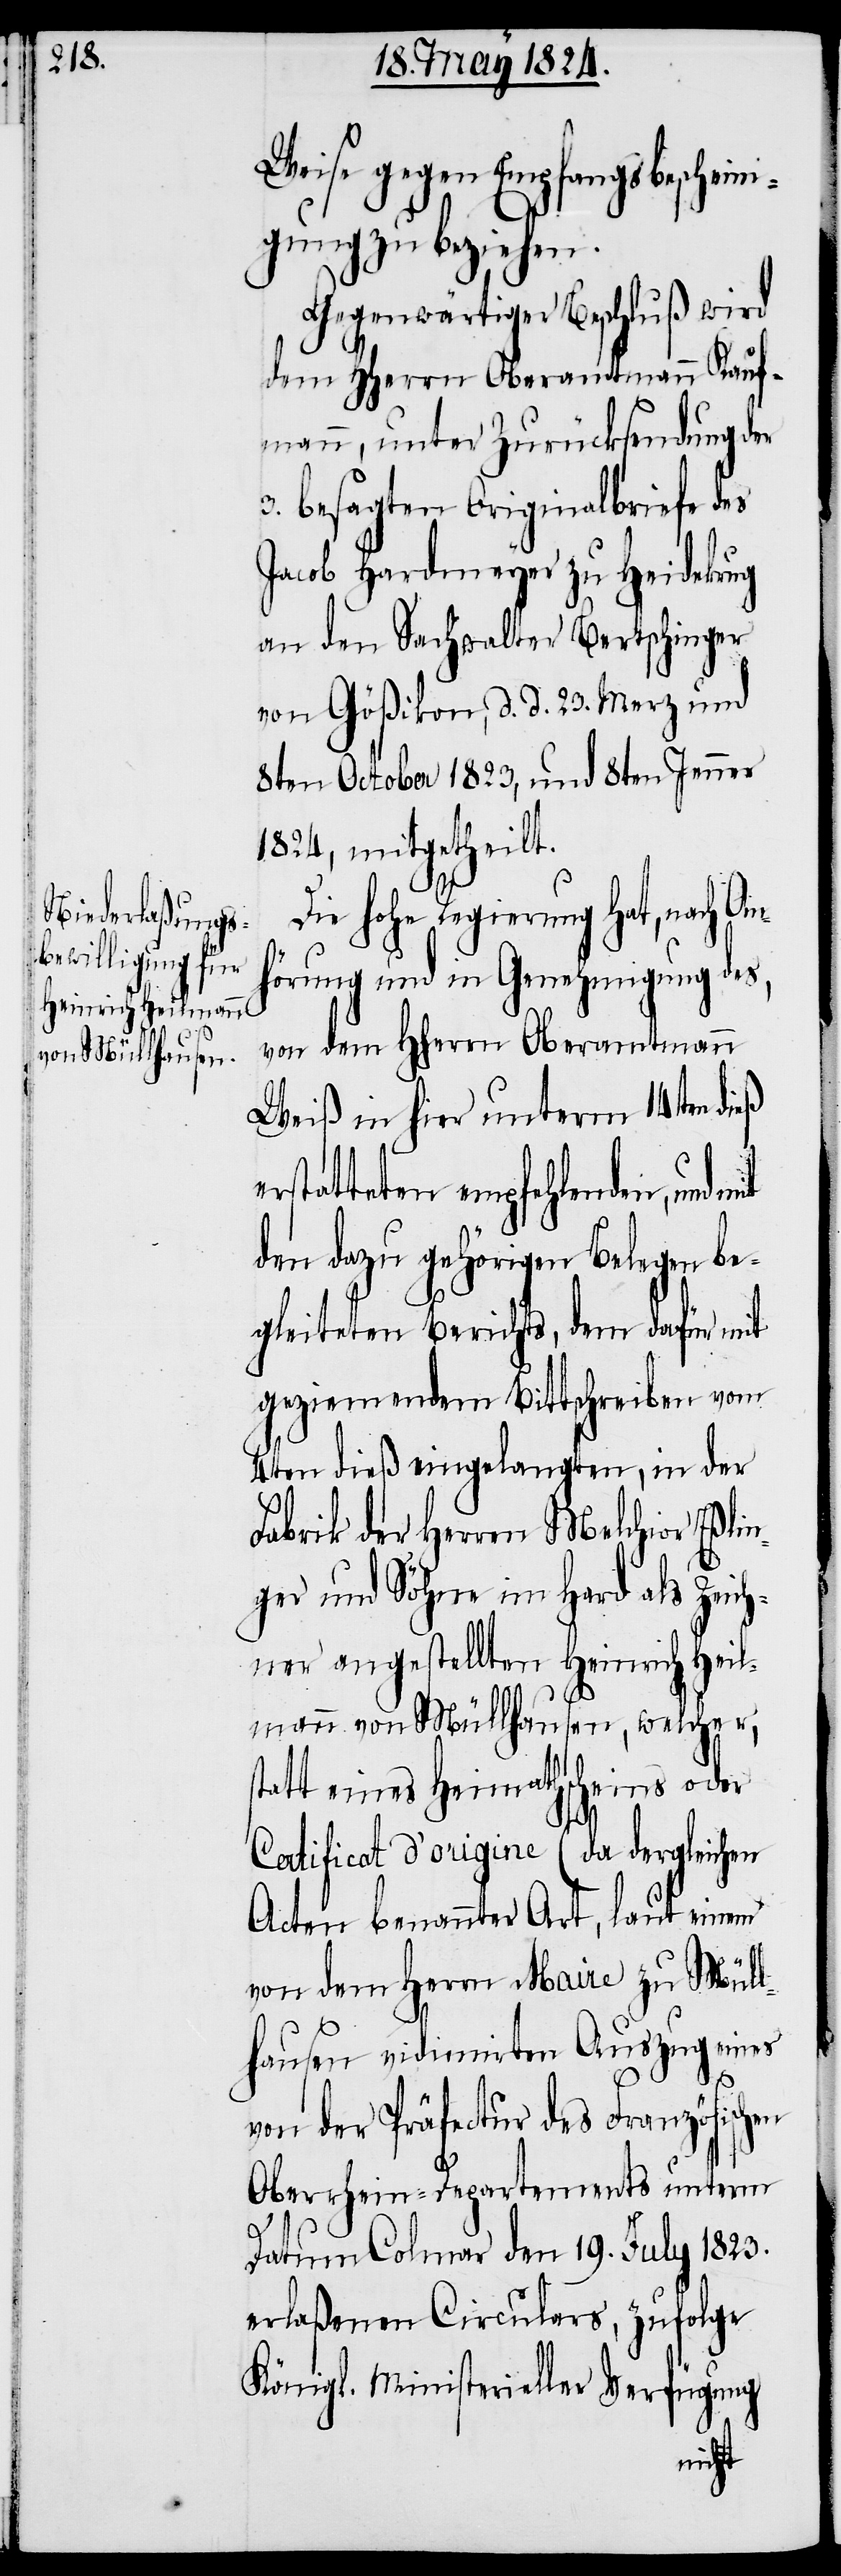
Weise gegen Empfangsbeschein¬
igung zu beziehen.
Gegenwärtiger Beschluß wird
dem HHerrn Oberamtmann Kauf¬
mann, unter Zurücksendung der
3. besagten Originalbriefe des
Jacob Hardmeyer zu Heidekrug
an den Sachwalter Bertschinger
von Gößikon, d. d. 23. Merz und
8ten October 1813, und 8ten Jenner
1824, mitgetheilt.
Die hohe Regierung hat, nach A¬
örung und in Genehmigung des,
von dem HHerrn Oberamtmann
Weiß in hier unterm 14ten dieß
rstatteten empfehlenden, und
den dazu gehörigen Belegen be¬
gleiteten Berichts, dem dafür mit
geziemendem Bittschreiben vom
4ten dieß eingelangten, in der
Fabrik der Herren Melchior Eßlin¬
ger und Söhne im Hard als Zeich¬
ner angestellten Heinrich Heil¬
en
mann von Müllhausen, welcher,
statt eines Heimathscheins oder
Certificat d’origine (da dergleichen
Acten benannter Art, laut einem
von dem Maire zu Müll¬
hausen vidimirten Auszug eines
von der Präfaktur des Französisch¬
Oberrhein-Departements unterm
Datum Colmar den 19. July 1823.
erlaßenen Circulars, zufolge
Königl. Ministerieller Verfügung